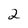
Character: 2